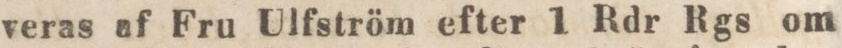
veras af Fru Ulfström efter 1 Rdr Rgs om